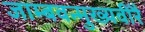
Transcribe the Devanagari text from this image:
जाम्बवन्मुख्यवीरै